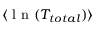
\langle \textrm { l n } ( T _ { t o t a l } ) \rangle